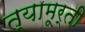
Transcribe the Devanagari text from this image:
त्यामूर्ती